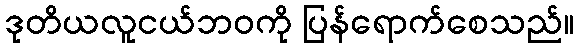
ဒုတိယလူငယ်ဘဝကို ပြန်ရောက်စေသည်။